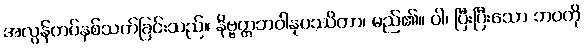
အလွန်တပ်နှစ်သက်ခြင်းသည်။ နိဗ္ဗတ္တဘဝါနုပဿိတာ၊ မည်၏။ ဝါ၊ ပြီးပြီးသော ဘဝကို